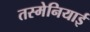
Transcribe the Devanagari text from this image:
तस्मेनियाई